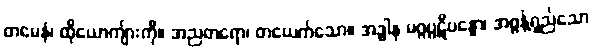
တမေနံ၊ ထိုယောကျ်ားကို။ အညတရော၊ တယေက်သော။ အဒ္ဓါန မဂ္ဂပ္ပဋိပန္နော၊ အဓွန့်ရှည်သော